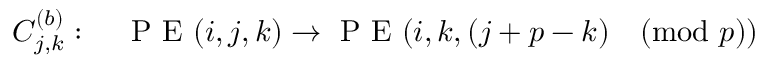
C _ { j , k } ^ { ( b ) } : \quad \mathrm { ~ P ~ E ~ } ( i , j , k ) \rightarrow \mathrm { ~ P ~ E ~ } ( i , k , ( j + p - k ) \pmod p )